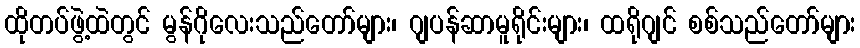
ထိုတပ်ဖွဲ့ထဲတွင် မွန်ဂိုလေးသည်တော်များ၊ ဂျပန်ဆာမူရိုင်းများ၊ ထရိုဂျင် စစ်သည်တော်များ